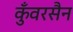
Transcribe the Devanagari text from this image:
कुँवरसैन